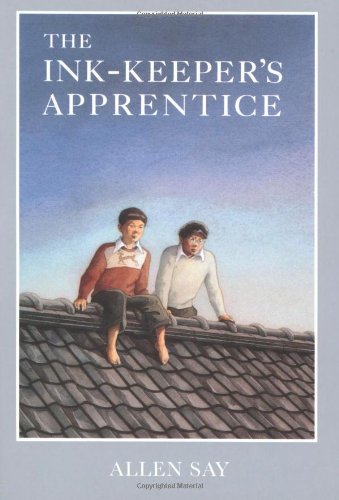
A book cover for The Ink-Keeper's Apprentice; Allen Say; Teen & Young Adult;